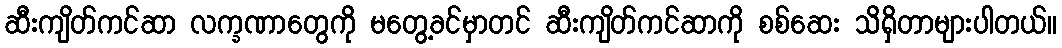
ဆီးကျိတ်ကင်ဆာ လက္ခဏာတွေကို မတွေ့ခင်မှာတင် ဆီးကျိတ်ကင်ဆာကို စစ်ဆေး သိရှိတာများပါတယ်။